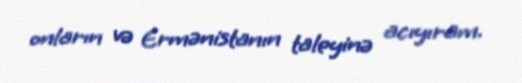
onların və Ermənistanın taleyinə acıyıram.